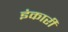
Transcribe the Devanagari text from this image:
इंकारी